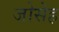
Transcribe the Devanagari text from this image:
जोसेह